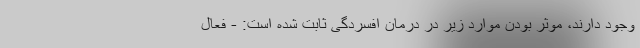
وجود دارند، موثر بودن موارد زیر در درمان افسردگی ثابت شده است: - فعال